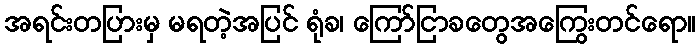
အရင်းတပြားမှ မရတဲ့အပြင် ရုံခ၊ ကြော်ငြာခတွေအကြွေးတင်ရော။